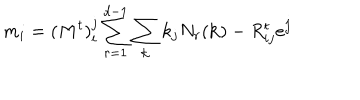
m _ { i } = ( M ^ { t } ) _ { i } ^ { j } \sum _ { r = 1 } ^ { d - 1 } \sum _ { \bf k } k _ { j } N _ { r } ( { \bf k } ) - R _ { i j } ^ { t } e ^ { j }